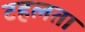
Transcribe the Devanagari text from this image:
टहलता